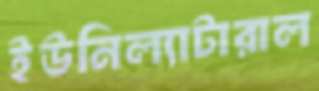
ইউনিল্যাটারাল